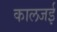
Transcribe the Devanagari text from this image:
कालजई